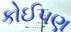
કોઈ૫ણ